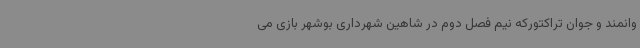
وانمند و جوان تراکتورکه نیم فصل دوم در شاهین شهرداری بوشهر بازی می